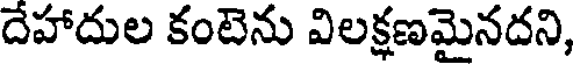
దేహాదుల కంటెను విలక్షణమైనదని,